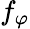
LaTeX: f_{\varphi}